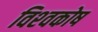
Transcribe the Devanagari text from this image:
विश्‍वकोष